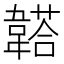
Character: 𩏒